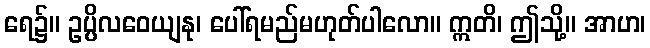
ရေ၌။ ဥပ္ပိလဝေယျနု၊ ပေါ်ရမည်မဟုတ်ပါလော။ ဣတိ၊ ဤသို့။ အာဟ၊